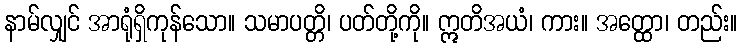
နာမ်လျှင် အာရုံရှိကုန်သော။ သမာပတ္တိ၊ ပတ်တို့ကို။ ဣတိအယံ၊ ကား။ အတ္ထော၊ တည်း။